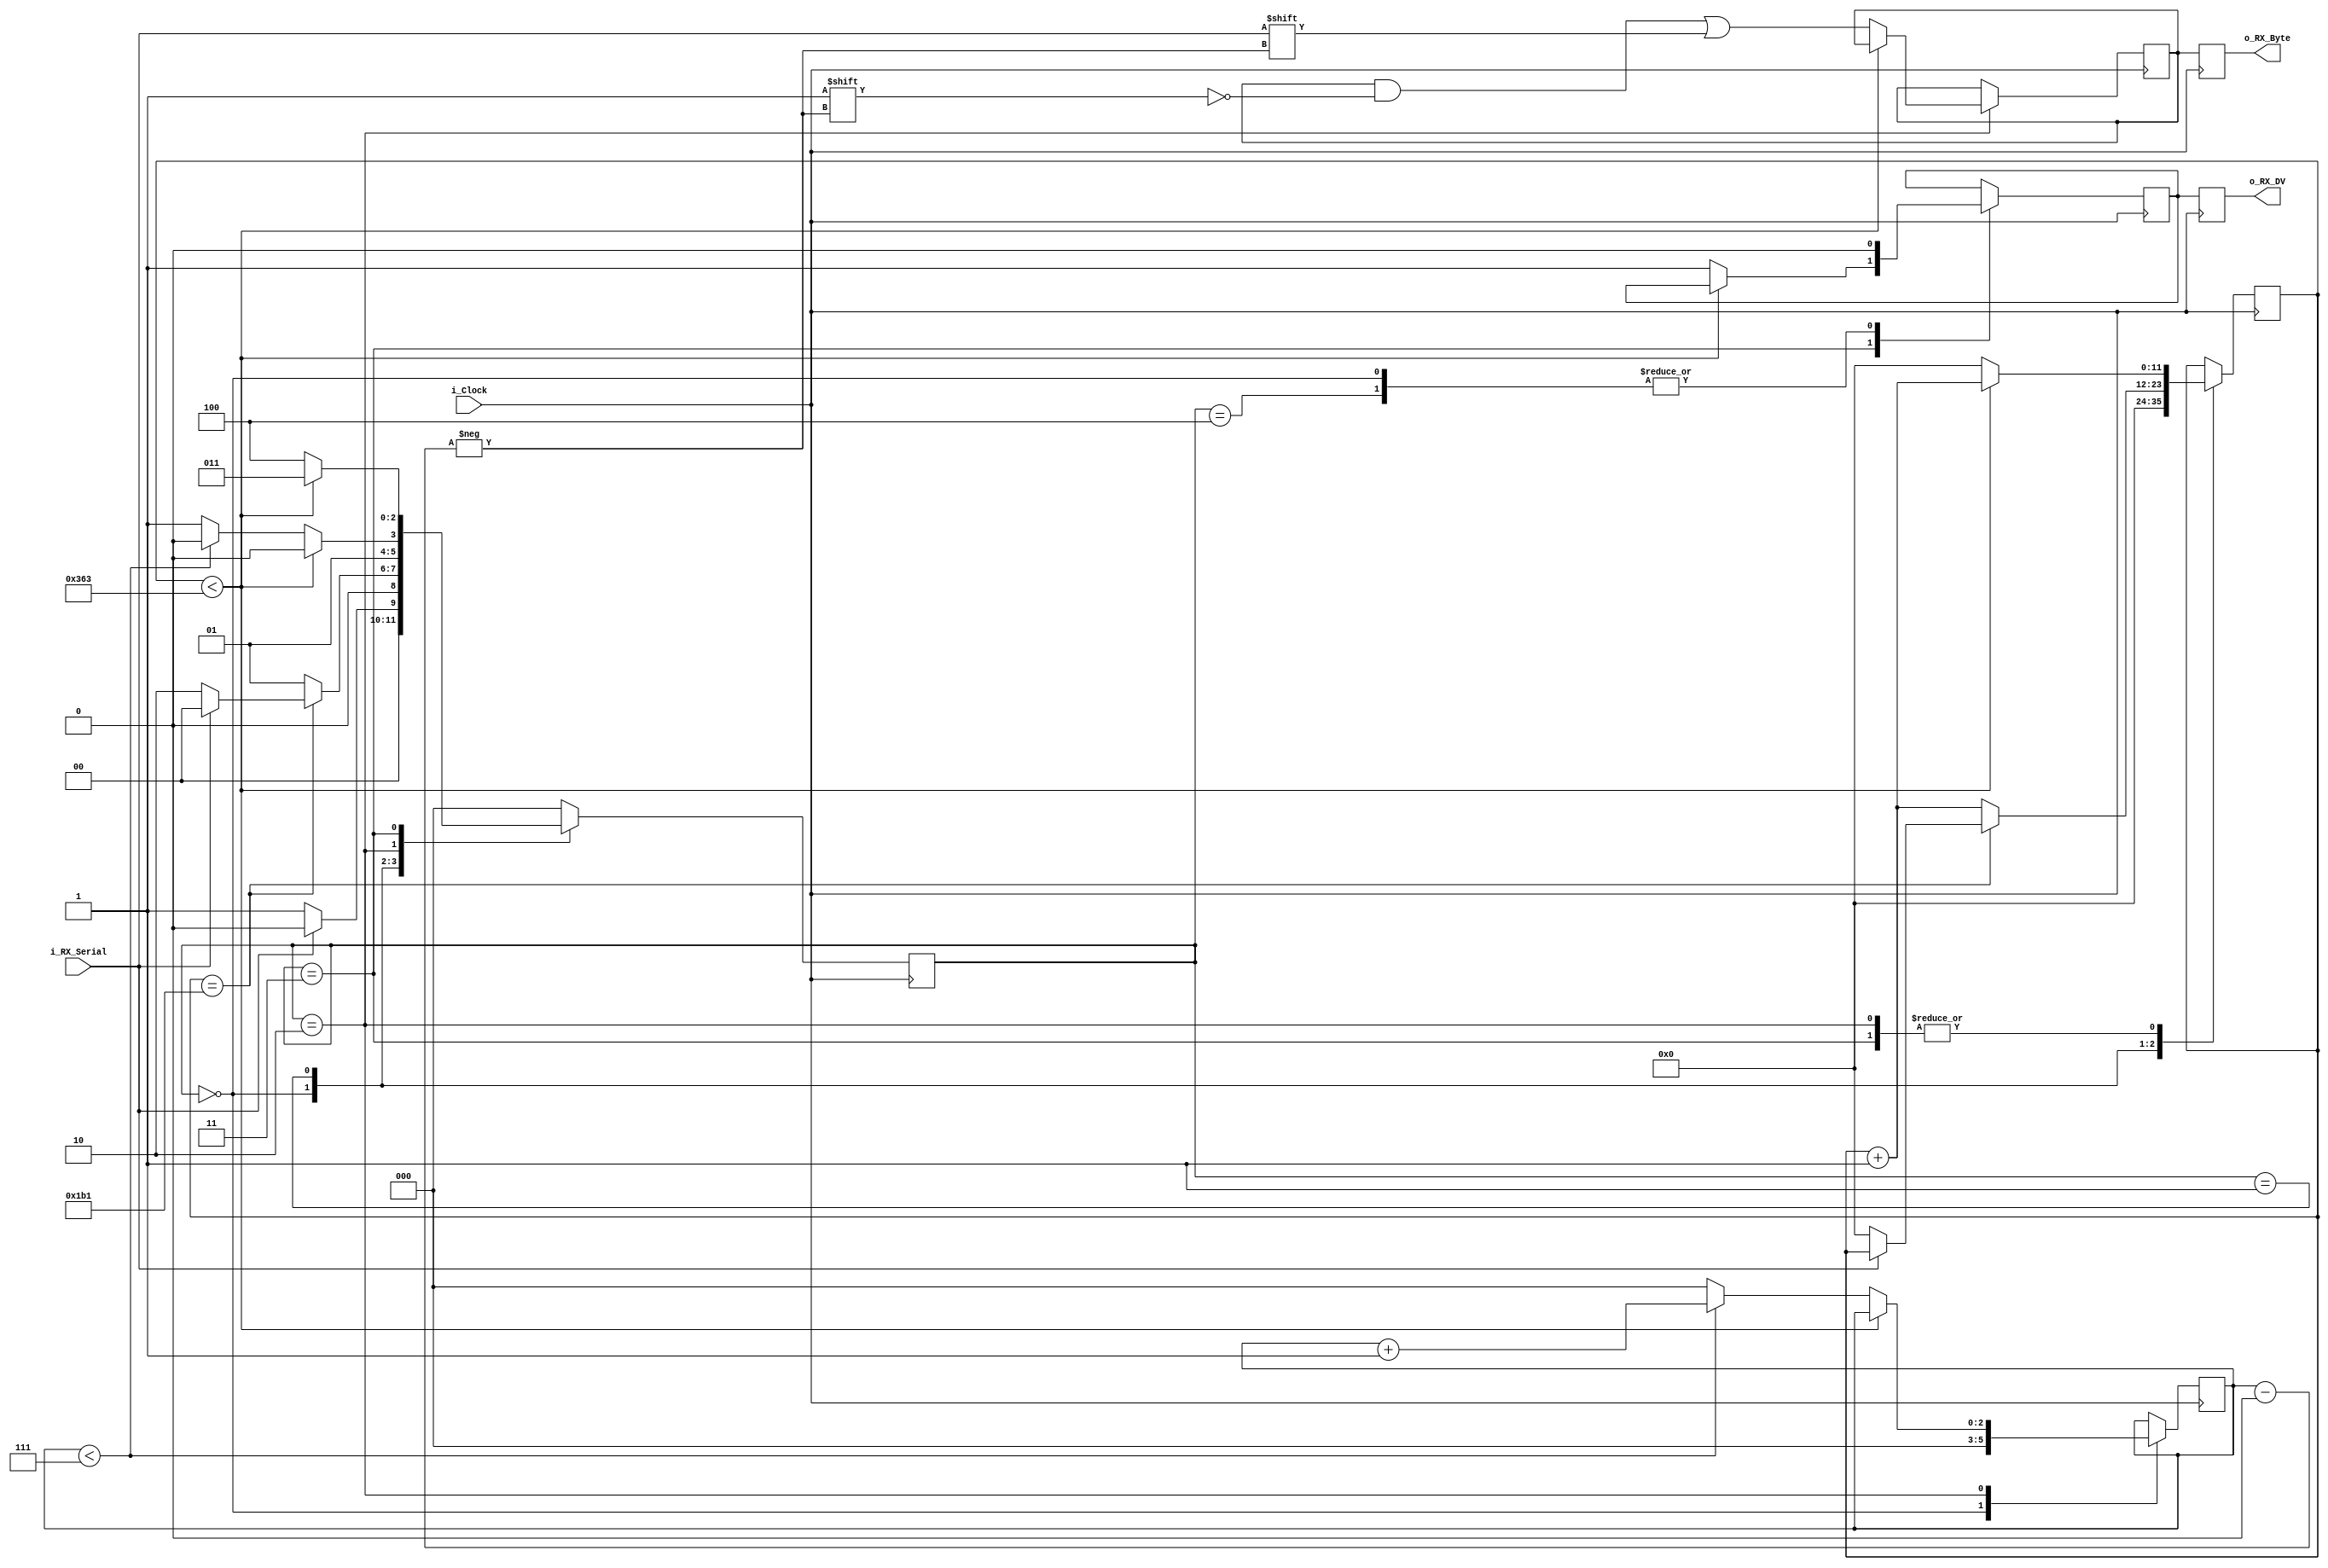
// Generated by MyHDL 1.0dev


`timescale 1ns/10ps

module uart_rx (
    i_Clock,
    i_RX_Serial,
    o_RX_DV,
    o_RX_Byte
);

  parameter IDLE         = 3'b000;
  parameter RX_START_BIT = 3'b001;
  parameter RX_DATA_BITS = 3'b010;
  parameter RX_STOP_BIT  = 3'b011;
  parameter CLEANUP      = 3'b100;

input i_Clock;
input i_RX_Serial;
output o_RX_DV;
reg o_RX_DV;
output [7:0] o_RX_Byte;
reg [7:0] o_RX_Byte;

reg r_RX_DV = 0;
reg [2:0] r_SM_Main = 0;
reg [11:0] r_Clock_Count = 0;
reg [2:0] r_Bit_Index = 0;
reg [7:0] r_RX_Byte = 0;



always @(posedge i_Clock) begin: UART_RX_RECV
    case (r_SM_Main)
        'h0: begin
            // Drive Line High for IDLE
            r_RX_DV <= 0;
            r_Bit_Index <= 0;
            r_Clock_Count <= 0;
            if ((i_RX_Serial == 0)) begin
                r_SM_Main <= 1;
            end
            else begin
                r_SM_Main <= 0;
            end
        end
        'h1: begin
            if (($signed({1'b0, r_Clock_Count}) == ((868 - 1) / 2))) begin
                if ((i_RX_Serial == 0)) begin
                    r_Clock_Count <= 0;
                    r_SM_Main <= 2;
                end
                else begin
                    r_SM_Main <= 0;
                end
            end
            else begin
                r_Clock_Count <= (r_Clock_Count + 1);
                r_SM_Main <= 1;
            end
        end
        'h2: begin
            if (($signed({1'b0, r_Clock_Count}) < (868 - 1))) begin
                r_Clock_Count <= (r_Clock_Count + 1);
                r_SM_Main <= 2;
            end
            else begin
                r_Clock_Count <= 0;
                r_RX_Byte[r_Bit_Index] <= i_RX_Serial;
                if ((r_Bit_Index < 7)) begin
                    r_Bit_Index <= (r_Bit_Index + 1);
                    r_SM_Main <= 2;
                end
                else begin
                    r_Bit_Index <= 0;
                    r_SM_Main <= 3;
                end
            end
        end
        'h3: begin
            if (($signed({1'b0, r_Clock_Count}) < (868 - 1))) begin
                r_Clock_Count <= (r_Clock_Count + 1);
                r_SM_Main <= 3;
            end
            else begin
                r_RX_DV <= 1;
                r_Clock_Count <= 0;
                r_SM_Main <= 4;
            end
        end
        'h4: begin
            r_SM_Main <= 0;
            r_RX_DV <= 0;
        end
        default: begin
            r_SM_Main <= 0;
        end
    endcase
    o_RX_DV <= r_RX_DV;
    o_RX_Byte <= r_RX_Byte;
end

endmodule